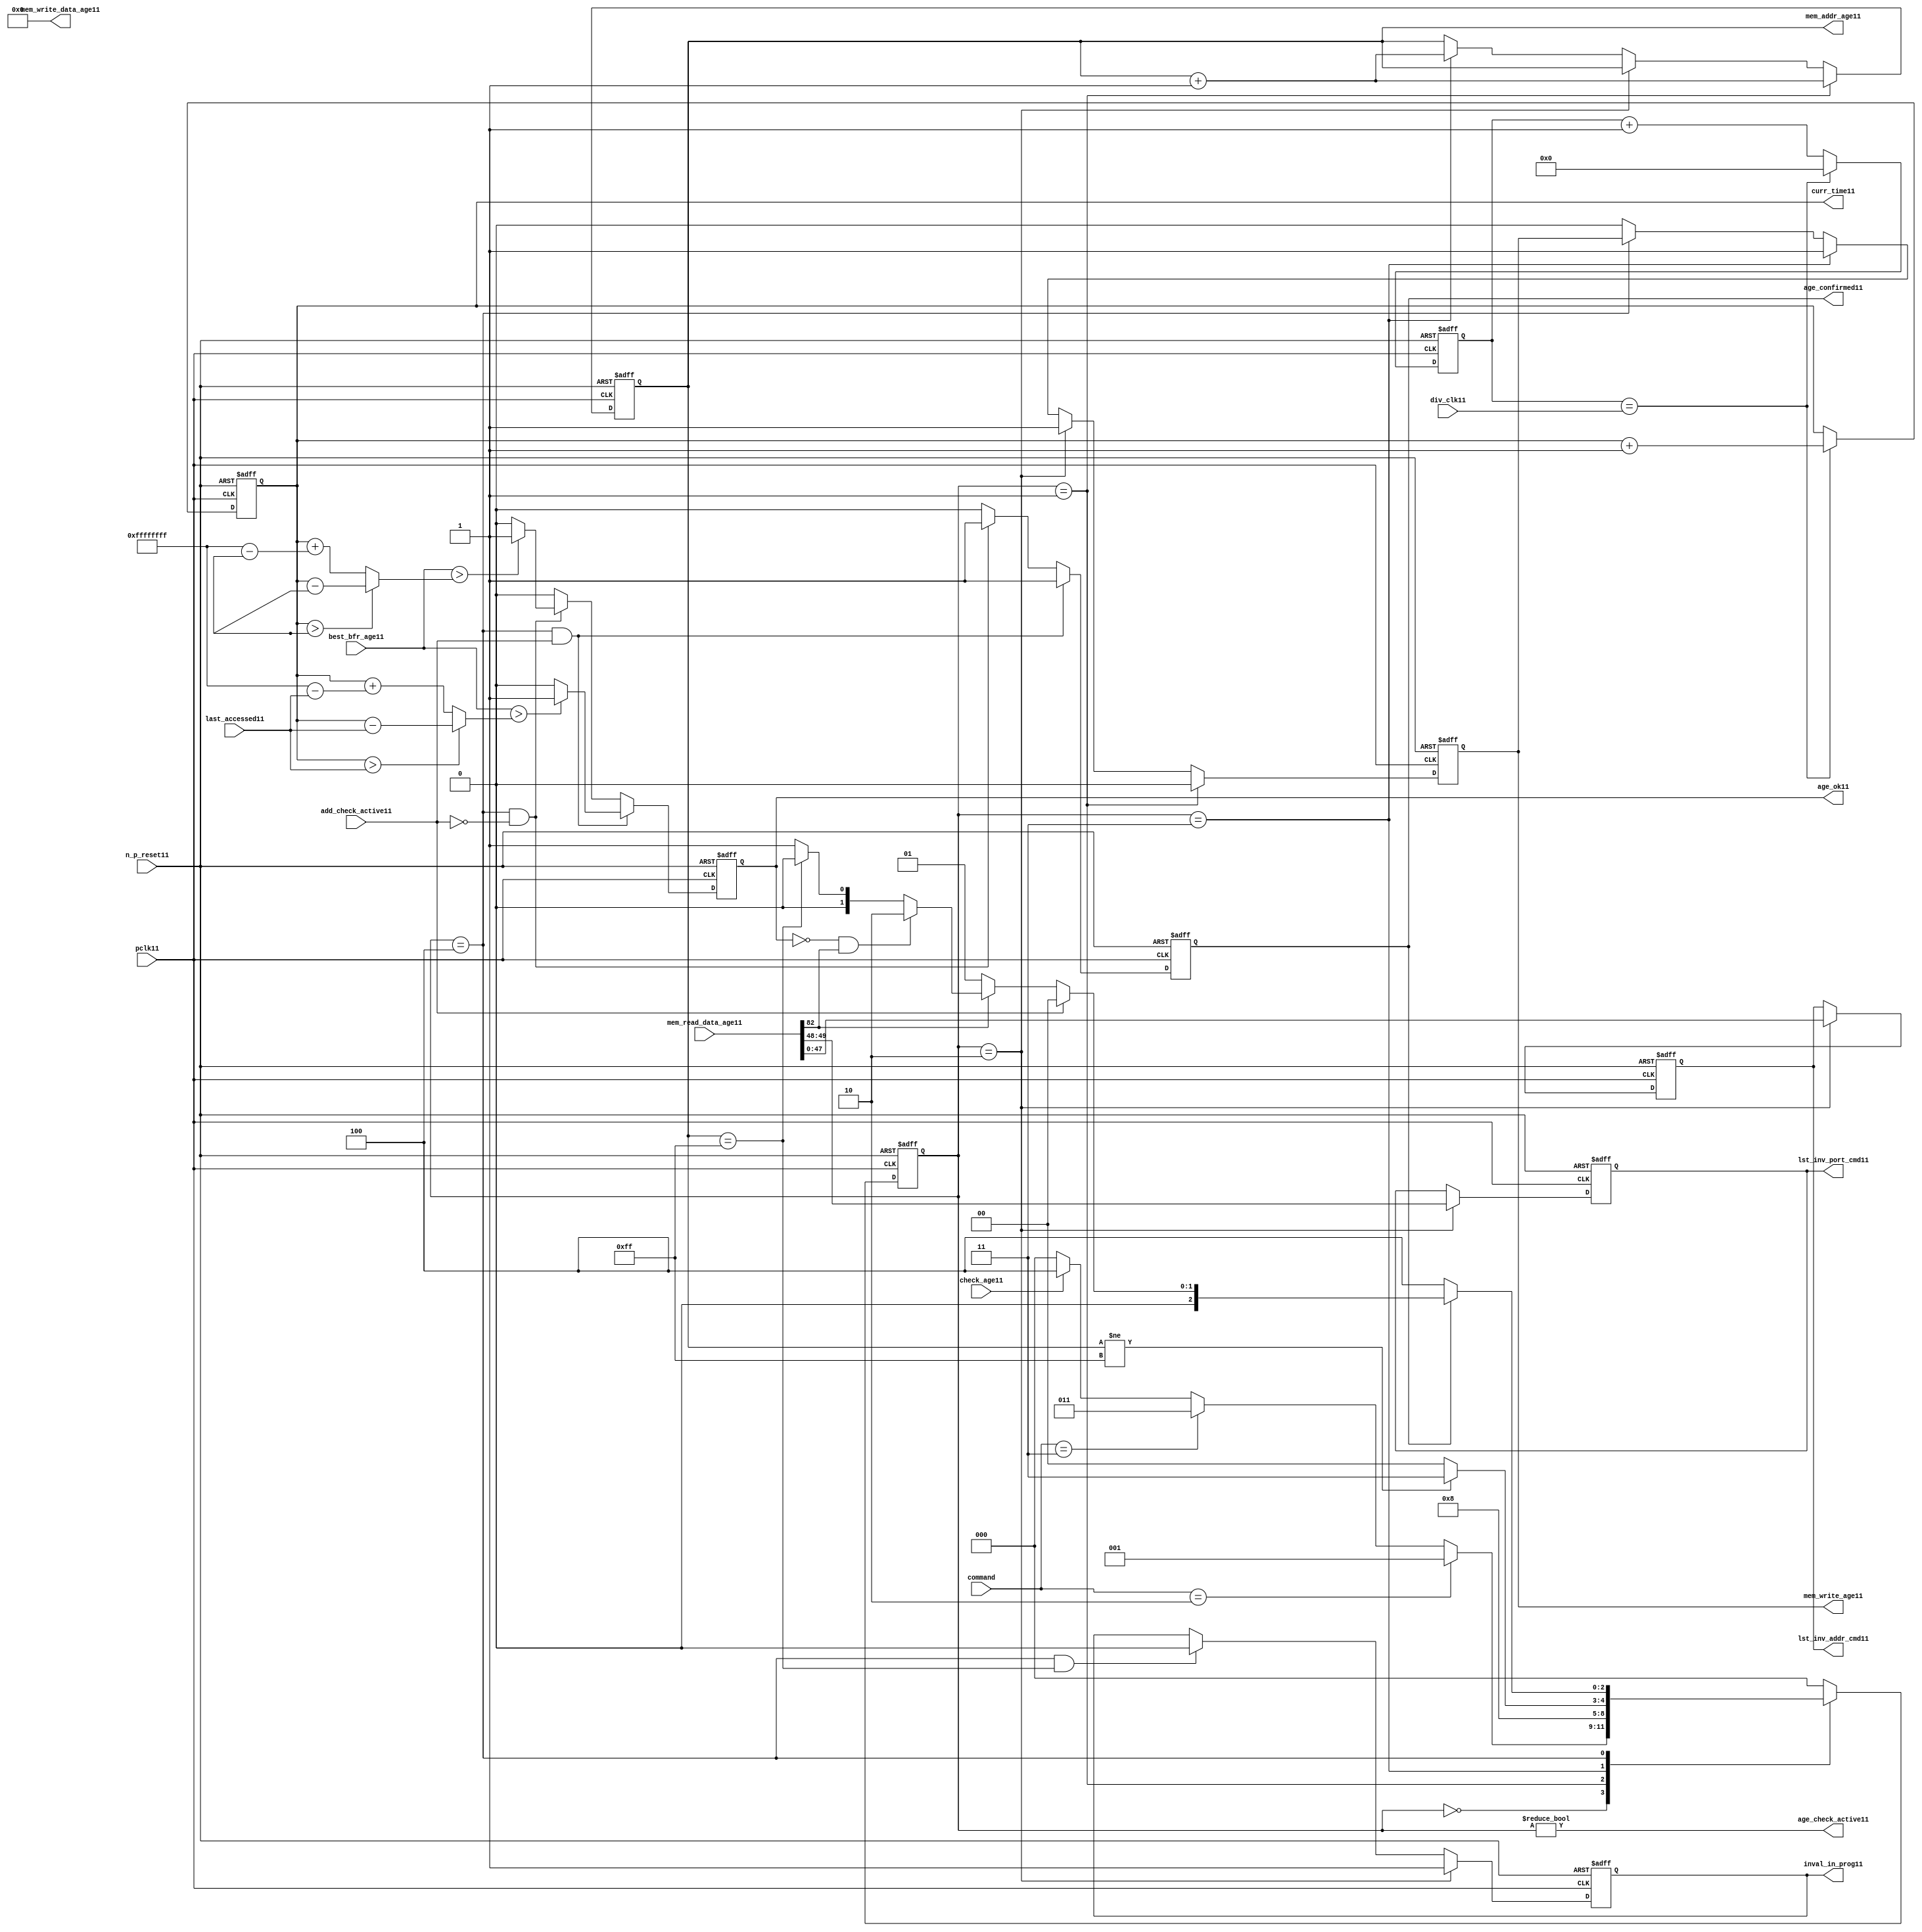
//File11 name   : alut_age_checker11.v
//Title11       : 
//Created11     : 1999
//Description11 : 
//Notes11       : 
//----------------------------------------------------------------------
//   Copyright11 1999-2010 Cadence11 Design11 Systems11, Inc11.
//   All Rights11 Reserved11 Worldwide11
//
//   Licensed11 under the Apache11 License11, Version11 2.0 (the
//   "License11"); you may not use this file except11 in
//   compliance11 with the License11.  You may obtain11 a copy of
//   the License11 at
//
//       http11://www11.apache11.org11/licenses11/LICENSE11-2.0
//
//   Unless11 required11 by applicable11 law11 or agreed11 to in
//   writing, software11 distributed11 under the License11 is
//   distributed11 on an "AS11 IS11" BASIS11, WITHOUT11 WARRANTIES11 OR11
//   CONDITIONS11 OF11 ANY11 KIND11, either11 express11 or implied11.  See
//   the License11 for the specific11 language11 governing11
//   permissions11 and limitations11 under the License11.
//----------------------------------------------------------------------

module alut_age_checker11
(   
   // Inputs11
   pclk11,
   n_p_reset11,
   command,          
   div_clk11,          
   mem_read_data_age11,
   check_age11,        
   last_accessed11, 
   best_bfr_age11,   
   add_check_active11,

   // outputs11
   curr_time11,         
   mem_addr_age11,      
   mem_write_age11,     
   mem_write_data_age11,
   lst_inv_addr_cmd11,    
   lst_inv_port_cmd11,  
   age_confirmed11,     
   age_ok11,
   inval_in_prog11,  
   age_check_active11          
);   

   input               pclk11;               // APB11 clock11                           
   input               n_p_reset11;          // Reset11                               
   input [1:0]         command;            // command bus                        
   input [7:0]         div_clk11;            // clock11 divider11 value
   input [82:0]        mem_read_data_age11;  // read data from memory             
   input               check_age11;          // request flag11 for age11 check
   input [31:0]        last_accessed11;      // time field sent11 for age11 check
   input [31:0]        best_bfr_age11;       // best11 before age11
   input               add_check_active11;   // active flag11 from address checker

   output [31:0]       curr_time11;          // current time,for storing11 in mem    
   output [7:0]        mem_addr_age11;       // address for R/W11 to memory     
   output              mem_write_age11;      // R/W11 flag11 (write = high11)            
   output [82:0]       mem_write_data_age11; // write data for memory             
   output [47:0]       lst_inv_addr_cmd11;   // last invalidated11 addr normal11 op    
   output [1:0]        lst_inv_port_cmd11;   // last invalidated11 port normal11 op    
   output              age_confirmed11;      // validates11 age_ok11 result 
   output              age_ok11;             // age11 checker result - set means11 in-date11
   output              inval_in_prog11;      // invalidation11 in progress11
   output              age_check_active11;   // bit 0 of status register           

   reg  [2:0]          age_chk_state11;      // age11 checker FSM11 current state
   reg  [2:0]          nxt_age_chk_state11;  // age11 checker FSM11 next state
   reg  [7:0]          mem_addr_age11;     
   reg                 mem_write_age11;    
   reg                 inval_in_prog11;      // invalidation11 in progress11
   reg  [7:0]          clk_div_cnt11;        // clock11 divider11 counter
   reg  [31:0]         curr_time11;          // current time,for storing11 in mem  
   reg                 age_confirmed11;      // validates11 age_ok11 result 
   reg                 age_ok11;             // age11 checker result - set means11 in-date11
   reg [47:0]          lst_inv_addr_cmd11;   // last invalidated11 addr normal11 op    
   reg [1:0]           lst_inv_port_cmd11;   // last invalidated11 port normal11 op    

   wire  [82:0]        mem_write_data_age11;
   wire  [31:0]        last_accessed_age11;  // read back time by age11 checker
   wire  [31:0]        time_since_lst_acc_age11;  // time since11 last accessed age11
   wire  [31:0]        time_since_lst_acc11; // time since11 last accessed address
   wire                age_check_active11;   // bit 0 of status register           

// Parameters11 for Address Checking11 FSM11 states11
   parameter idle11           = 3'b000;
   parameter inval_aged_rd11  = 3'b001;
   parameter inval_aged_wr11  = 3'b010;
   parameter inval_all11      = 3'b011;
   parameter age_chk11        = 3'b100;

   parameter max_addr       = 8'hff;
   parameter max_cnt11        = 32'hffff_ffff;

// -----------------------------------------------------------------------------
//   Generate11 current time counter
// -----------------------------------------------------------------------------
always @ (posedge pclk11 or negedge n_p_reset11)
   begin
   if (~n_p_reset11)
      clk_div_cnt11 <= 8'd0;
   else if (clk_div_cnt11 == div_clk11)
      clk_div_cnt11 <= 8'd0; 
   else 
      clk_div_cnt11 <= clk_div_cnt11 + 1'd1;
   end


always @ (posedge pclk11 or negedge n_p_reset11)
   begin
   if (~n_p_reset11)
      curr_time11 <= 32'd0;
   else if (clk_div_cnt11 == div_clk11)
      curr_time11 <= curr_time11 + 1'd1;
   end


// -----------------------------------------------------------------------------
//   Age11 checker State11 Machine11 
// -----------------------------------------------------------------------------
always @ (command or check_age11 or age_chk_state11 or age_confirmed11 or age_ok11 or
          mem_addr_age11 or mem_read_data_age11[82])
   begin
      case (age_chk_state11)
      
      idle11:
         if (command == 2'b10)
            nxt_age_chk_state11 = inval_aged_rd11;
         else if (command == 2'b11)
            nxt_age_chk_state11 = inval_all11;
         else if (check_age11)
            nxt_age_chk_state11 = age_chk11;
         else
            nxt_age_chk_state11 = idle11;

      inval_aged_rd11:
            nxt_age_chk_state11 = age_chk11;

      inval_aged_wr11:
            nxt_age_chk_state11 = idle11;

      inval_all11:
         if (mem_addr_age11 != max_addr)
            nxt_age_chk_state11 = inval_all11;  // move11 onto11 next address
         else
            nxt_age_chk_state11 = idle11;

      age_chk11:
         if (age_confirmed11)
            begin
            if (add_check_active11)                     // age11 check for addr chkr11
               nxt_age_chk_state11 = idle11;
            else if (~mem_read_data_age11[82])      // invalid, check next location11
               nxt_age_chk_state11 = inval_aged_rd11; 
            else if (~age_ok11 & mem_read_data_age11[82]) // out of date11, clear 
               nxt_age_chk_state11 = inval_aged_wr11;
            else if (mem_addr_age11 == max_addr)    // full check completed
               nxt_age_chk_state11 = idle11;     
            else 
               nxt_age_chk_state11 = inval_aged_rd11; // age11 ok, check next location11 
            end       
         else
            nxt_age_chk_state11 = age_chk11;

      default:
            nxt_age_chk_state11 = idle11;
      endcase
   end



always @ (posedge pclk11 or negedge n_p_reset11)
   begin
   if (~n_p_reset11)
      age_chk_state11 <= idle11;
   else
      age_chk_state11 <= nxt_age_chk_state11;
   end


// -----------------------------------------------------------------------------
//   Generate11 memory RW bus for accessing array when requested11 to invalidate11 all
//   aged11 addresses11 and all addresses11.
// -----------------------------------------------------------------------------
always @ (posedge pclk11 or negedge n_p_reset11)
   begin
   if (~n_p_reset11)
   begin
      mem_addr_age11 <= 8'd0;     
      mem_write_age11 <= 1'd0;    
   end
   else if (age_chk_state11 == inval_aged_rd11)  // invalidate11 aged11 read
   begin
      mem_addr_age11 <= mem_addr_age11 + 1'd1;     
      mem_write_age11 <= 1'd0;    
   end
   else if (age_chk_state11 == inval_aged_wr11)  // invalidate11 aged11 read
   begin
      mem_addr_age11 <= mem_addr_age11;     
      mem_write_age11 <= 1'd1;    
   end
   else if (age_chk_state11 == inval_all11)  // invalidate11 all
   begin
      mem_addr_age11 <= mem_addr_age11 + 1'd1;     
      mem_write_age11 <= 1'd1;    
   end
   else if (age_chk_state11 == age_chk11)
   begin
      mem_addr_age11 <= mem_addr_age11;     
      mem_write_age11 <= mem_write_age11;    
   end
   else 
   begin
      mem_addr_age11 <= mem_addr_age11;     
      mem_write_age11 <= 1'd0;    
   end
   end

// age11 checker will only ever11 write zero values to ALUT11 mem
assign mem_write_data_age11 = 83'd0;



// -----------------------------------------------------------------------------
//   Generate11 invalidate11 in progress11 flag11 (bit 1 of status register)
// -----------------------------------------------------------------------------
always @ (posedge pclk11 or negedge n_p_reset11)
   begin
   if (~n_p_reset11)
      inval_in_prog11 <= 1'd0;
   else if (age_chk_state11 == inval_aged_wr11) 
      inval_in_prog11 <= 1'd1;
   else if ((age_chk_state11 == age_chk11) & (mem_addr_age11 == max_addr))
      inval_in_prog11 <= 1'd0;
   else
      inval_in_prog11 <= inval_in_prog11;
   end


// -----------------------------------------------------------------------------
//   Calculate11 whether11 data is still in date11.  Need11 to work11 out the real time
//   gap11 between current time and last accessed.  If11 this gap11 is greater than
//   the best11 before age11, then11 the data is out of date11. 
// -----------------------------------------------------------------------------
assign time_since_lst_acc11 = (curr_time11 > last_accessed11) ? 
                            (curr_time11 - last_accessed11) :  // no cnt wrapping11
                            (curr_time11 + (max_cnt11 - last_accessed11));

assign time_since_lst_acc_age11 = (curr_time11 > last_accessed_age11) ? 
                                (curr_time11 - last_accessed_age11) : // no wrapping11
                                (curr_time11 + (max_cnt11 - last_accessed_age11));


always @ (posedge pclk11 or negedge n_p_reset11)
   begin
   if (~n_p_reset11)
      begin
      age_ok11 <= 1'b0;
      age_confirmed11 <= 1'b0;
      end
   else if ((age_chk_state11 == age_chk11) & add_check_active11) 
      begin                                       // age11 checking for addr chkr11
      if (best_bfr_age11 > time_since_lst_acc11)      // still in date11
         begin
         age_ok11 <= 1'b1;
         age_confirmed11 <= 1'b1;
         end
      else   // out of date11
         begin
         age_ok11 <= 1'b0;
         age_confirmed11 <= 1'b1;
         end
      end
   else if ((age_chk_state11 == age_chk11) & ~add_check_active11)
      begin                                      // age11 checking for inval11 aged11
      if (best_bfr_age11 > time_since_lst_acc_age11) // still in date11
         begin
         age_ok11 <= 1'b1;
         age_confirmed11 <= 1'b1;
         end
      else   // out of date11
         begin
         age_ok11 <= 1'b0;
         age_confirmed11 <= 1'b1;
         end
      end
   else
      begin
      age_ok11 <= 1'b0;
      age_confirmed11 <= 1'b0;
      end
   end



// -----------------------------------------------------------------------------
//   Generate11 last address and port that was cleared11 in the invalid aged11 process
// -----------------------------------------------------------------------------
always @ (posedge pclk11 or negedge n_p_reset11)
   begin
   if (~n_p_reset11)
      begin
      lst_inv_addr_cmd11 <= 48'd0;
      lst_inv_port_cmd11 <= 2'd0;
      end
   else if (age_chk_state11 == inval_aged_wr11)
      begin
      lst_inv_addr_cmd11 <= mem_read_data_age11[47:0];
      lst_inv_port_cmd11 <= mem_read_data_age11[49:48];
      end
   else 
      begin
      lst_inv_addr_cmd11 <= lst_inv_addr_cmd11;
      lst_inv_port_cmd11 <= lst_inv_port_cmd11;
      end
   end


// -----------------------------------------------------------------------------
//   Set active bit of status, decoded11 off11 age_chk_state11
// -----------------------------------------------------------------------------
assign age_check_active11 = (age_chk_state11 != 3'b000);

endmodule